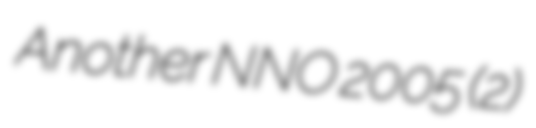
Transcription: Another NNO 2005 (2)